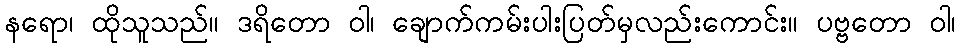
နရော၊ ထိုသူသည်။ ဒရိတော ဝါ၊ ချောက်ကမ်းပါးပြတ်မှလည်းကောင်း။ ပဗ္ဗတော ဝါ၊